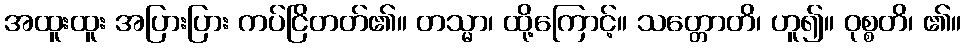
အထူးထူး အပြားပြား ကပ်ငြိတတ်၏။ တသ္မာ၊ ထို့ကြောင့်။ သတ္တောတိ၊ ဟူ၍။ ဝုစ္စတိ၊ ၏။